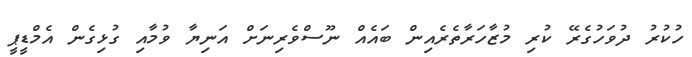
ހުކުރު ދުވަހުގެރޭ ކުރި މުޒާހަރާތެރެއިން ބައެއް ނޫސްވެރިނަށް އަނިޔާ ވުމާއި ގުޅިގެން އެމްޑީޕީ